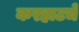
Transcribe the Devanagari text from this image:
करहाटचे